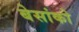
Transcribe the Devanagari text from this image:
बेसांको